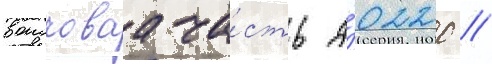
воисковаа ча́сть а́0220 //